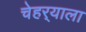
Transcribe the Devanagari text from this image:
चेहर्‍याला